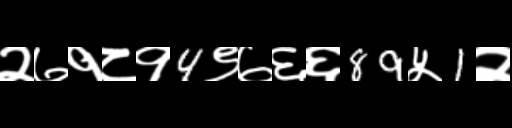
Text: २७१८१4९७६६89५1२